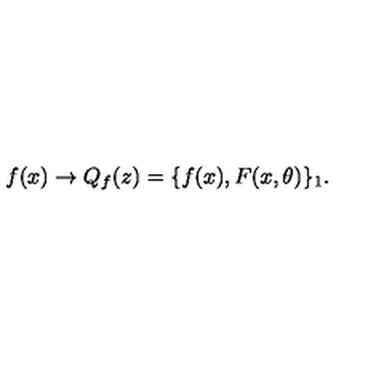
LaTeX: f ( x ) \to Q _ { f } ( z ) = \{ f ( x ) , F ( x , \theta ) \} _ { 1 } .